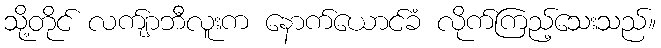
သို့တိုင် လက်ျာဘီလူးက နောက်ယောင်ခံ လိုက်ကြည့်သေးသည်။